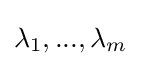
\lambda _{1},...,\lambda _{m}